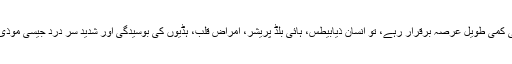
اگر انسانی جسم میں میگنیشم کی کمی طویل عرصہ برقرار رہے، تو انسان ذیابیطس، ہائی بلڈ پریشر، امراض قلب، ہڈیوں کی بوسیدگی اور شدید سر درد جیسی موذی بیماریوں کا نشانہ بن جاتا ہے۔